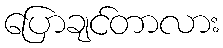
ပြောချင်တာလား